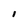
Character: l